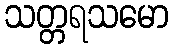
သတ္တရသမော